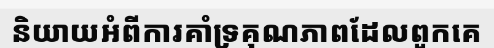
និយាយអំពីការគាំទ្រគុណភាពដែលពួកគេ